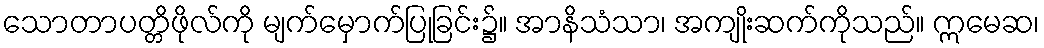
သောတာပတ္တိဖိုလ်ကို မျက်မှောက်ပြုခြင်း၌။ အာနိသံသာ၊ အကျိုးဆက်ကိုသည်။ ဣမေဆ၊